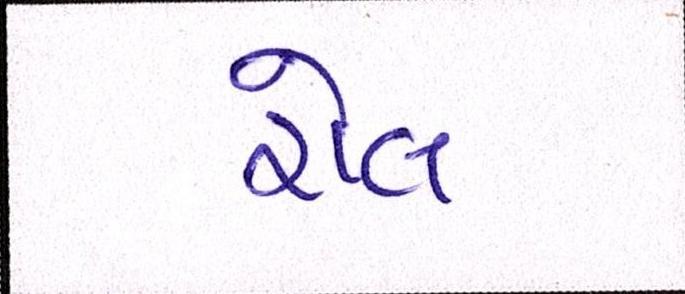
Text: રોલ